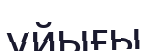
ұйығы